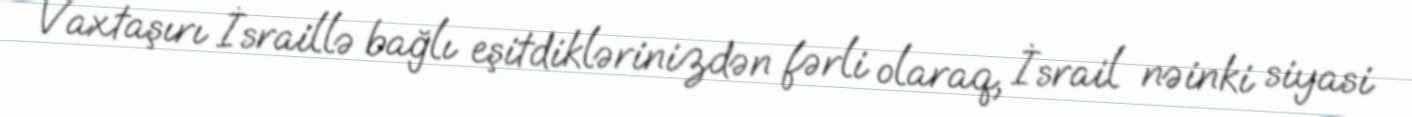
Vaxtaşırı İsraillə bağlı eşitdiklərinizdən fərli olaraq, İsrail nəinki siyasi